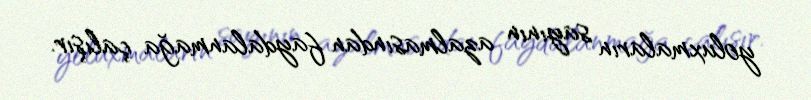
yoluxmaların sayının azalmasından faydalanmağa çalışır.